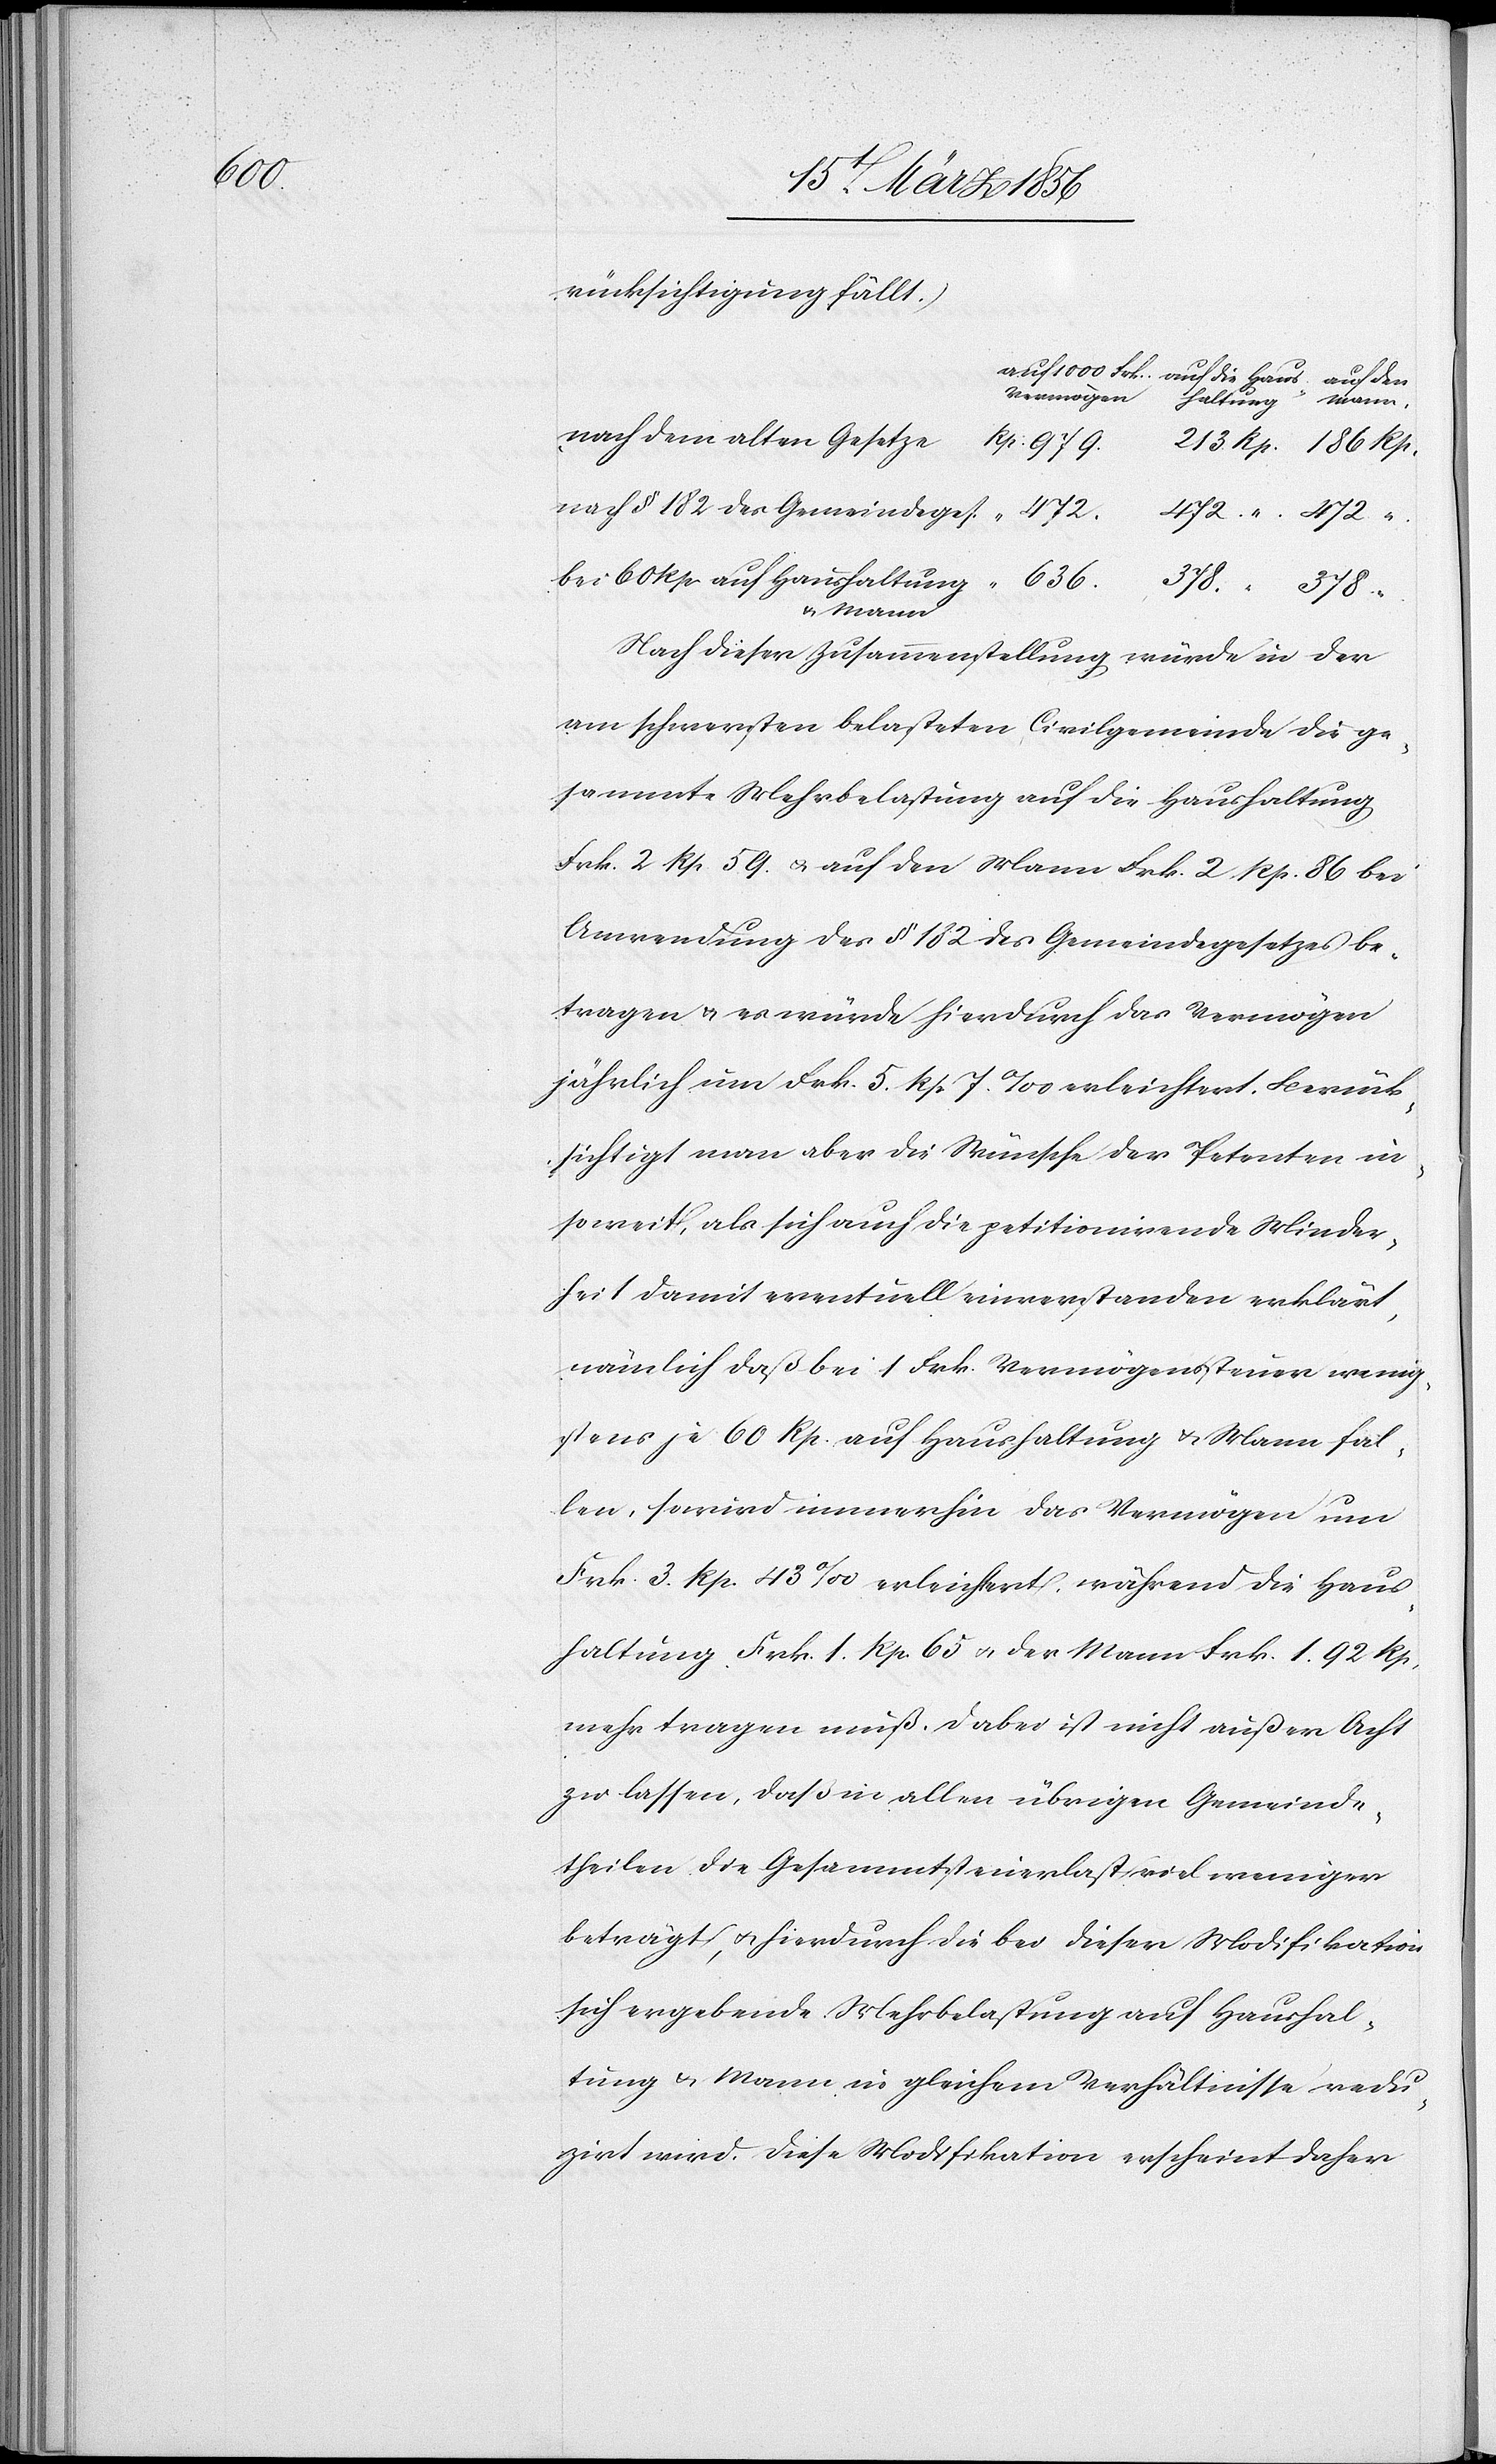
472

rücksichtigung fällt.)
Vermögen
“.
bei 60 Rp. auf Haushaltung & Mann
Nach dieser Zusammenstellung würde in der
am schwersten belasteten Civilgemeinde die ge¬
sammte Mehrbelastung auf die Haushaltung
Frk. 2 Rp 59. u. auf den Mann Frk. 2 Rp. 86 bei
Anwendung des § 182 des Gemeindegesetzes be¬
tragen & es würde hierdurch das Vermögen
jährlich um Frk. 5. Rp 7. ‰ erleichtert. Berück¬
sichtigt man aber die Wünsche der Petenten in¬
soweit, als sich auch die petitionirende Minder¬
heit damit eventuell einverstanden erklärt,
nämlich daß bei 1 Frk. Vermögenssteuer wenig¬
stens je 60 Rp. auf Haushaltung & Mann fal¬
len, so wird immerhin das Vermögen um
Frk. 3. Rp. 43 ‰ erleichtert, während die Haus¬
haltung Frk. 1. Rp. 65 u. der Mann Frk. 1. 92 Rp.
mehr tragen muß. Dabei ist nicht außer Acht
zu lassen, daß in allen übrigen Gemeinde¬
theilen die Gesammtsteuerlast viel weniger
beträgt, u. hierdurch die bei dieser Modifikation
sich ergebende Mehrbelastung auf Haushal¬
tung & Mann in gleichem Verhältnisse redu¬
zirt wird. Diese Modifikation erscheint daher